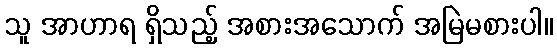
သူ အာဟာရ ရှိသည့် အစားအသောက် အမြဲမစားပါ။